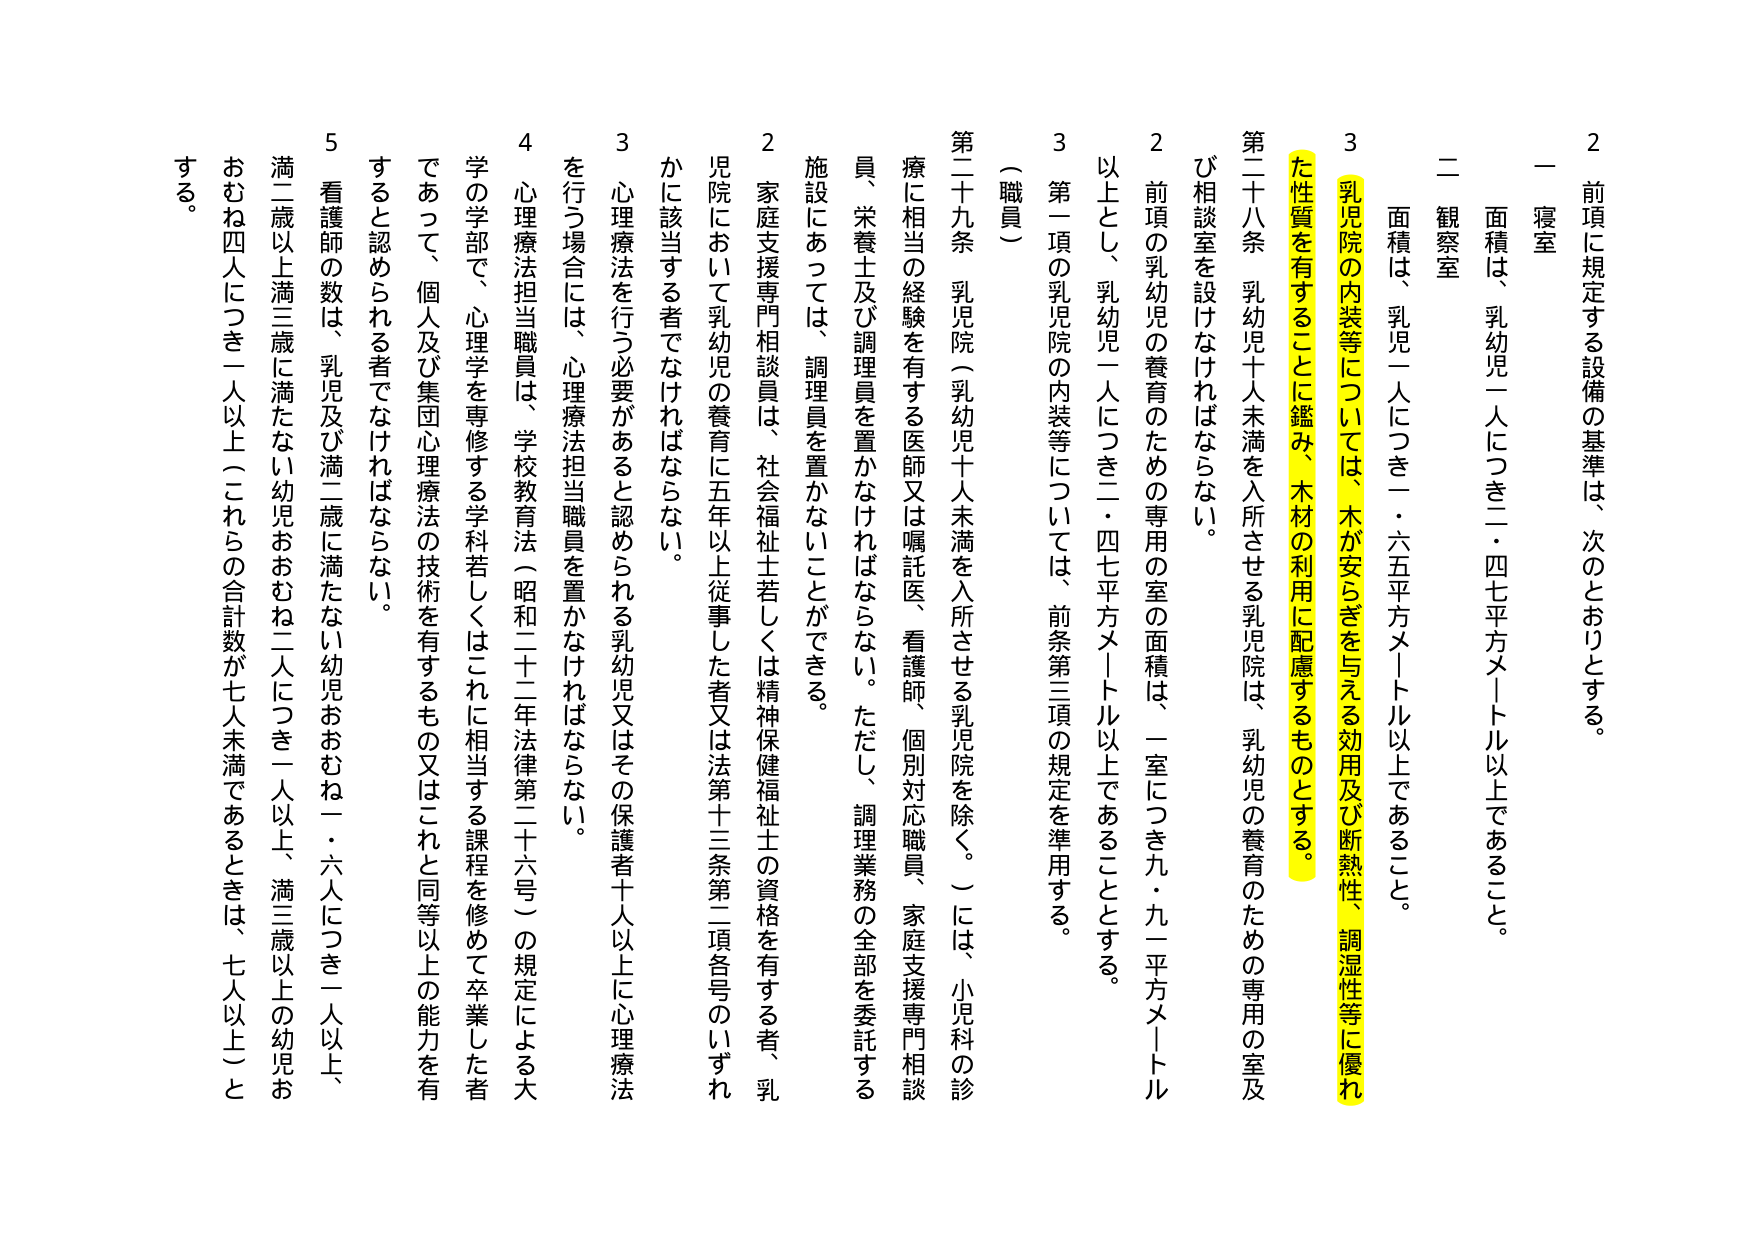
2 前項に規定する設備の基準は、次のとおりとする。

一 寝室
　面積は、乳幼児一人につき二・四七平方メートル以上であること。

二 観察室
　面積は、乳児一人につき一・六五平方メートル以上であること。

3 乳児院の内装等については、木が安らぎを与える効用及び断熱性、調湿性等に優れた性質を有することに鑑み、木材の利用に配慮するものとする。

第二十八条 乳幼児十人未満を入所させる乳児院は、乳幼児の養育のための専用の室及び相談室を設けなければならない。
2 前項の乳幼児の養育のための専用の室の面積は、一室につき九・九一平方メートル以上とし、乳幼児一人につき二・四七平方メートル以上であることとする。
3 第一項の乳児院の内装等については、前条第三項の規定を準用する。

（職員）

第二十九条 乳児院（乳幼児十人未満を入所させる乳児院を除く。）には、小児科の診療に相当の経験を有する医師又は嘱託医、看護師、個別対応職員、家庭支援専門相談員、栄養士及び調理員を置かなければならない。ただし、調理業務の全部を委託する施設にあっては、調理員を置かないことができる。
2 家庭支援専門相談員は、社会福祉士若しくは精神保健福祉士の資格を有する者、乳児院において乳幼児の養育に五年以上従事した者又は法第十三条第二項各号のいずれかに該当する者でなければならない。
3 心理療法を行う必要があると認められる乳幼児又はその保護者十人以上に心理療法を行う場合には、心理療法担当職員を置かなければならない。
4 心理療法担当職員は、学校教育法（昭和二十二年法律第二十六号）の規定による大学の学部で、心理学を専修する学科若しくはこれに相当する課程を修めて卒業した者であって、個人及び集団心理療法の技術を有するもの又はこれと同等以上の能力を有すると認められる者でなければならない。
5 看護師の数は、乳児及び満二歳に満たない幼児おおむね二人につき一人以上、満三歳以上の幼児おおむね四人につき一人以上（これらの合計数が七人未満であるときは、七人以上）とする。